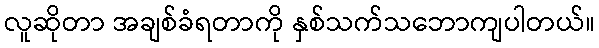
လူဆိုတာ အချစ်ခံရတာကို နှစ်သက်သဘောကျပါတယ်။